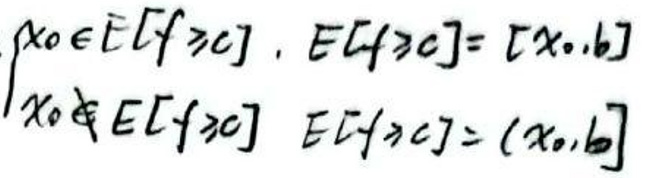
$x_0 \in E[f > c], E[f > c] = [x_0, b]$

$x_0 \notin E[f > c], E[f > c] = (x_0, b]$